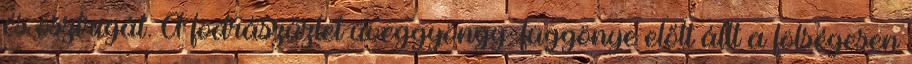
és osztrigát. A fodrászüzlet üveggyöngy-függönye előtt állt a fölségesen